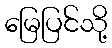
မြေပြင်သို့